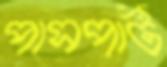
পাসপার্ট